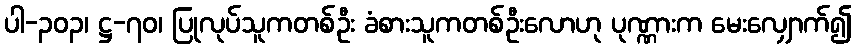
ပါ-၃၀၃၊ ဋ္ဌ-၇၀၊ ပြုလုပ်သူကတစ်ဦး ခံစားသူကတစ်ဦးလောဟု ပုဏ္ဏားက မေးလျှောက်၍